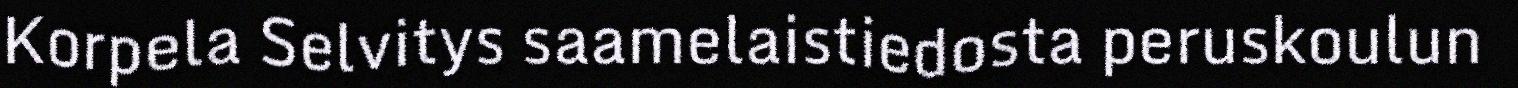
Korpela Selvitys saamelaistiedosta peruskoulun